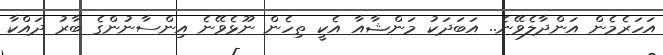
އަހަރެމެން އަންދާލެވޭނެ.. އަބަދަކު މަންޝާއާ އެކީ ތިހެން ނޫޅެވޭނެ އިންސާނުންގެ ބާރު ދައްކާ